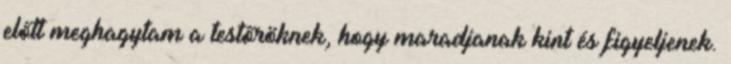
előtt meghagytam a testőröknek, hogy maradjanak kint és figyeljenek.